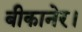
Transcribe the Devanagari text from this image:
बीकानेर।